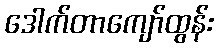
ဒေါက်တာကျော်ထွန်း